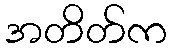
အတိတ်က